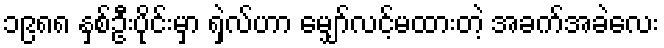
၁၉၈၈ နှစ်ဦးပိုင်းမှာ ရှဲလ်ဟာ မျှော်လင့်မထားတဲ့ အခက်အခဲလေး